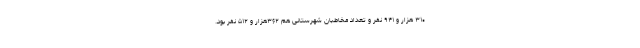
۳۱۰ هزار و ۹۴۱ نفر و تعداد مخاطبان شهرستانی هم ۳۶۲هزار و ۵۱۲ نفر بود.